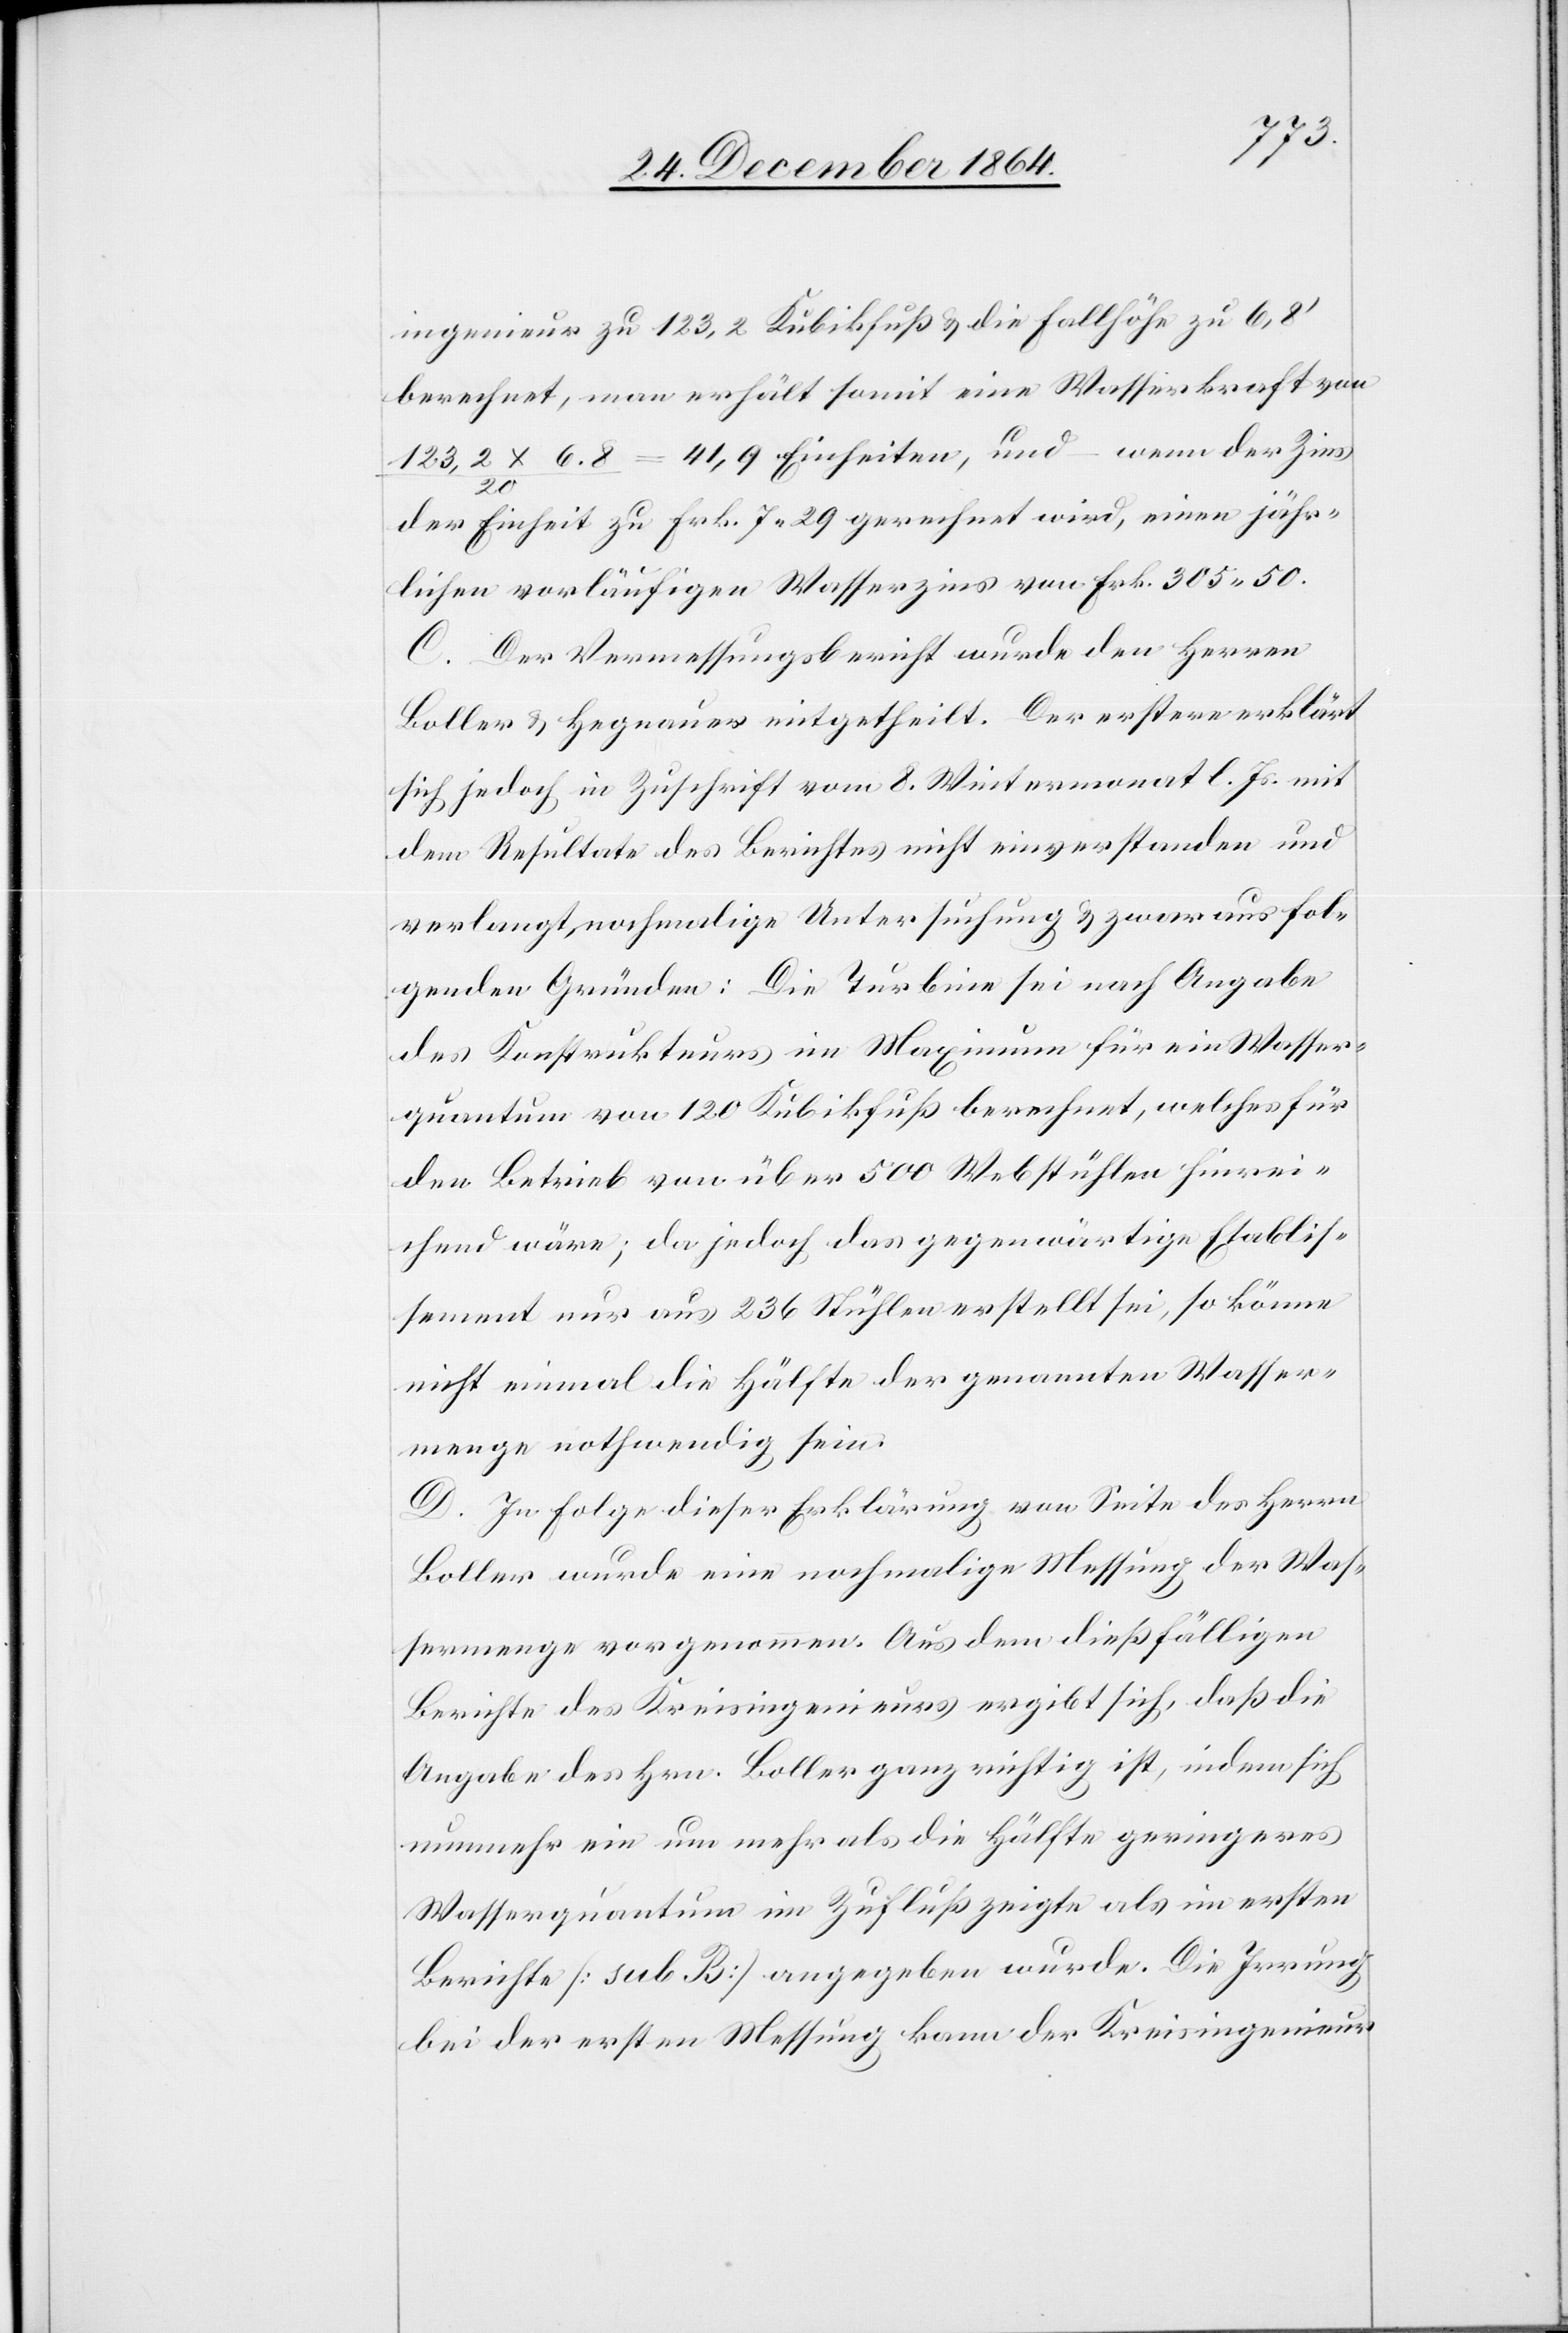
ingenieur zu 123,2 Kubikfuß & die Fallhöhe zu 6,8’
berechnet, man erhält somit eine Wasserkraft von
123,2 x 6,8 / 20 = 41,9 Einheiten, und – wenn der Zins
der Einheit zu Frk. 7.29 gerechnet wird, einen jähr¬
lichen vorläufigen Wasserzins von Frk. 305.50.
C. Der Vermessungsbericht wurde den Herren
Boller & Hegnauer mitgetheilt. Der erstere erklärt
sich jedoch in Zuschrift vom 8. Wintermonat l. Js. mit
dem Resultate des Berichtes nicht einverstanden und
verlangt nochmalige Untersuchung & zwar aus fol¬
genden Gründen: Die Turbine sei nach Angabe
des Konstrukteurs im Maximum für ein Wasser¬
quantum von 120 Kubikfuß berechnet, welches für
den Betreib von über 500 Webstühlen hinrei¬
chend wäre; da jedoch das gegenwärtige Etablis¬
sement nur aus 236 Stühlen erstellt sei, so könne
nicht einmal die Hälfte der genannten Wasser¬
menge nothwendig sein.
D. In Folge dieser Erklärung von Seite des Herrn
Boller wurde eine nochmalige Messung der Was¬
sermenge vorgenommen. Aus dem dießfälligen
Berichte des Kreisingenieurs ergibt sich, daß die
Angabe des Hrn. Boller ganz richtig ist, indem sich
nunmehr ein um mehr als die Hälfte geringeres
Wasserquantum im Zufluß zweigte als im ersten
Berichte [sub B] angegeben wurde. Die Irrung
bei der ersten Messung kann der Kreisingenieur